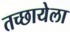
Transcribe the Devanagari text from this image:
तच्छायेला